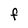
Character: F